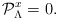
\begin{align*}{\cal P}^x_\Lambda = 0.\end{align*}